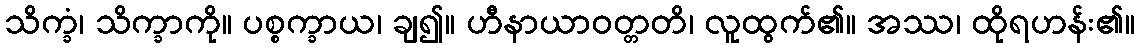
သိက္ခံ၊ သိက္ခာကို။ ပစ္စက္ခာယ၊ ချ၍။ ဟီနာယာဝတ္တတိ၊ လူထွက်၏။ အဿ၊ ထိုရဟန်း၏။